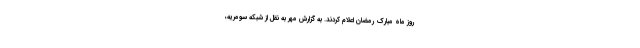
روز ماه مبارک رمضان اعلام کردند. به گزارش مهر به نقل از شبکه سومریه،